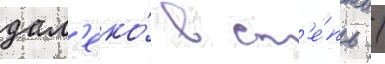
дал'еко́ в ст'е́пь /